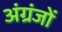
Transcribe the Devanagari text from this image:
अंग्रंजों